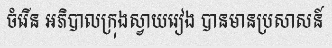
ចំរើន អភិបាលក្រុងស្វាយរៀង បានមានប្រសាសន៍